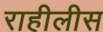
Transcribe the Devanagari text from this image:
राहीलीस